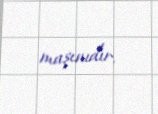
maşınıdır.